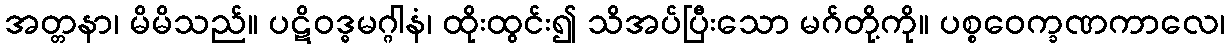
အတ္တနာ၊ မိမိသည်။ ပဋိဝဒ္ဓမဂ္ဂါနံ၊ ထိုးထွင်း၍ သိအပ်ပြီးသော မဂ်တို့ကို။ ပစ္စဝေက္ခဏကာလေ၊